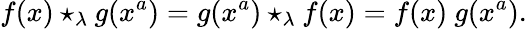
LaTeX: f(x)\star_{\lambda}g(x^{a})=g(x^{a})\star_{\lambda}f(x)=f(x)\ g(x^{a}).